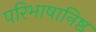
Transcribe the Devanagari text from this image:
परिभाषानिष्ठ